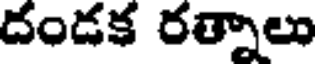
దండక రత్నాలు